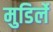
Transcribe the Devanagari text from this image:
मुडिर्ले